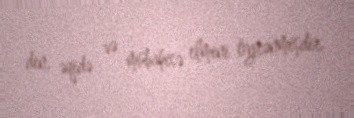
din, əqidə və mübahisə elmini öyrənmişdir.